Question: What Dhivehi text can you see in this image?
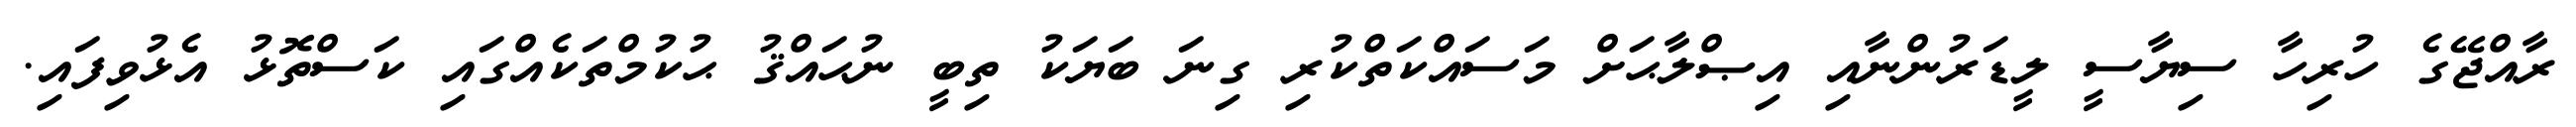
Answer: ރާއްޖޭގެ ހުރިހާ ސިޔާސީ ލީޑަރުންނާއި އިޞްލާޙަށް މަސައްކަތްކުރި ގިނަ ބަޔަކު ތިބީ ނުޙައްޤު ޙުކުމްތަކެއްގައި ކަސްތޮޅު އެޅުވިފައި.